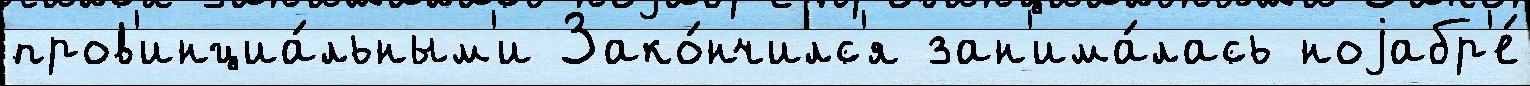
пров'инциа́льным'и Зако́нчилс'я зан'има́лась ноjабр'е́